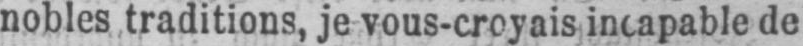
nobles traditions, je vous-croyais incapable de